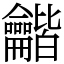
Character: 龤